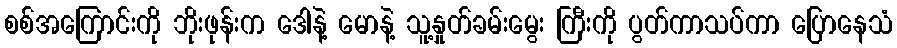
စစ်အကြောင်းကို ဘိုးဖုန်းက ဒေါနဲ့ မောနဲ့ သူ့နှုတ်ခမ်းမွေး ကြီးကို ပွတ်ကာသပ်ကာ ပြောနေသံ